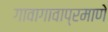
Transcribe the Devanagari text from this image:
गावागावाप्रमाणे